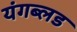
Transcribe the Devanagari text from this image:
यंगब्लड